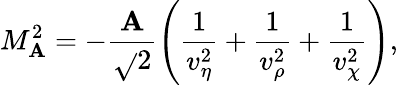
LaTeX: M_{\mathbf{A}}^{2}=-\frac{{\mathbf{A}}}{{\sqrt{}{2}}}\left(\frac{{1}}{{v_{\eta}^{2}}}+\frac{{1}}{{v_{\rho}^{2}}}+\frac{{1}}{{v_{\chi}^{2}}}\right),